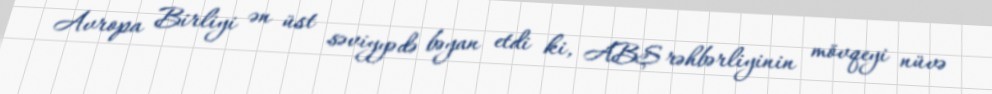
Avropa Birliyi ən üst səviyyədə bəyan etdi ki, ABŞ rəhbərliyinin mövqeyi nüvə